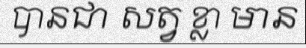
បានជា សត្វ ខ្លា មាន